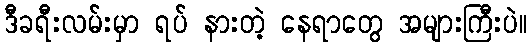
ဒီခရီးလမ်းမှာ ရပ် နားတဲ့ နေရာတွေ အများကြီးပဲ။